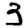
Digit: 3